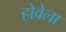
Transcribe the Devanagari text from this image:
होवेला